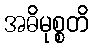
အဓိမုစ္စတိ